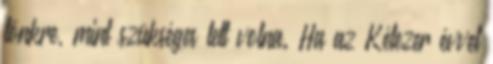
tönkre, mint szükséges lett volna. Ha az Kétezer évvel